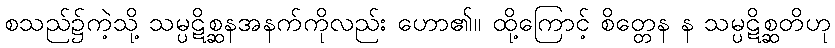
စသည်၌ကဲ့သို့ သမ္ပဋိစ္ဆနအနက်ကိုလည်း ဟော၏။ ထို့ကြောင့် စိတ္တေန န သမ္ပဋိစ္ဆတိဟု